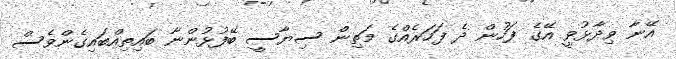
އޭނާ ވިދާޅުވީ އޭގެ ފަހުން ދެ ފަހަރެއްގެ މަތިން ސިޔާސީ ބޭފުޅުންނާ ބައިތިއްބައިގެންވެސް